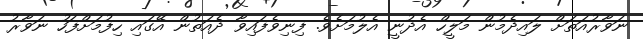
ނަވާރުއަތަށް ލައިދެމުން މަލީހް އެދުނީ އެލުމަށެވެ. ފިނިވެފައިވާ ދެއަތުން އޭގައި ހިފުމަށްފަހު ނަވާރު